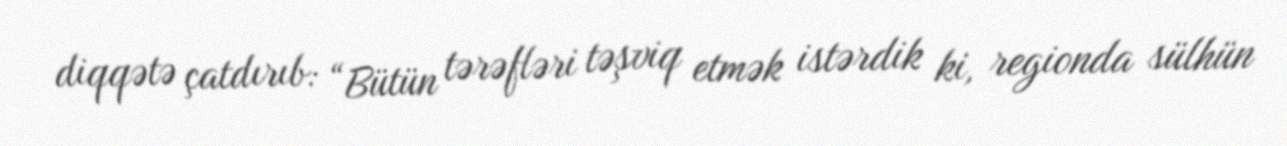
diqqətə çatdırıb: “Bütün tərəfləri təşviq etmək istərdik ki, regionda sülhün